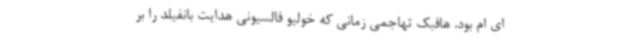
ای ام بود. هافبک تهاجمی زمانی که خولیو فالسیونی هدایت بانفیلد را بر